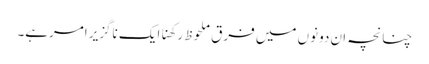
چنانچہ ان دونوں میں فرق ملحوظ رکھناایک ناگزیر امرہے۔